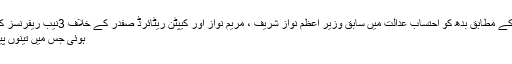
تفصیلات کے مطابق بدھ کو احتساب عدالت میں سابق وزیر اعظم نواز شریف ، مریم نواز اور کیپٹن ریٹائرڈ صفدر کے خلاف 3نیب ریفرنسز کی سماعت
ہوئی جس میں تینوں پیش ہوئے ۔